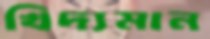
খিদ্যমান